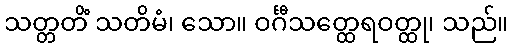
သတ္တတိံ သတိမံ၊ သော။ ဝင်္ဂီသတ္ထေရဝတ္ထု၊ သည်။